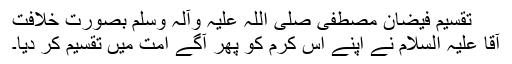
تقسیمِ فیضانِ مصطفی صلی اللہ علیہ وآلہ وسلم بصورتِ خلافت
آقا علیہ السلام نے اپنے اِس کرم کو پھر آگے امت میں تقسیم کر دیا۔